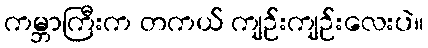
ကမ္ဘာကြီးက တကယ် ကျဉ်းကျဉ်းလေးပဲ။